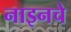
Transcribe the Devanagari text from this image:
नाइनचे